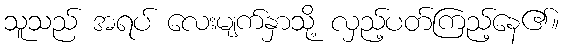
သူသည် အရပ် လေးမျက်နှာသို့ လှည့်ပတ်ကြည့်နေ၏။